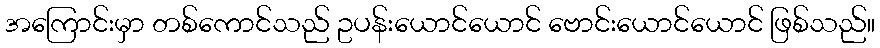
အကြောင်းမှာ တစ်ကောင်သည် ဥပန်းယောင်ယောင် ဗောင်းယောင်ယောင် ဖြစ်သည်။